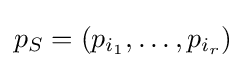
p_{S}=(p_{i_{1}},\ldots ,p_{i_{r}})